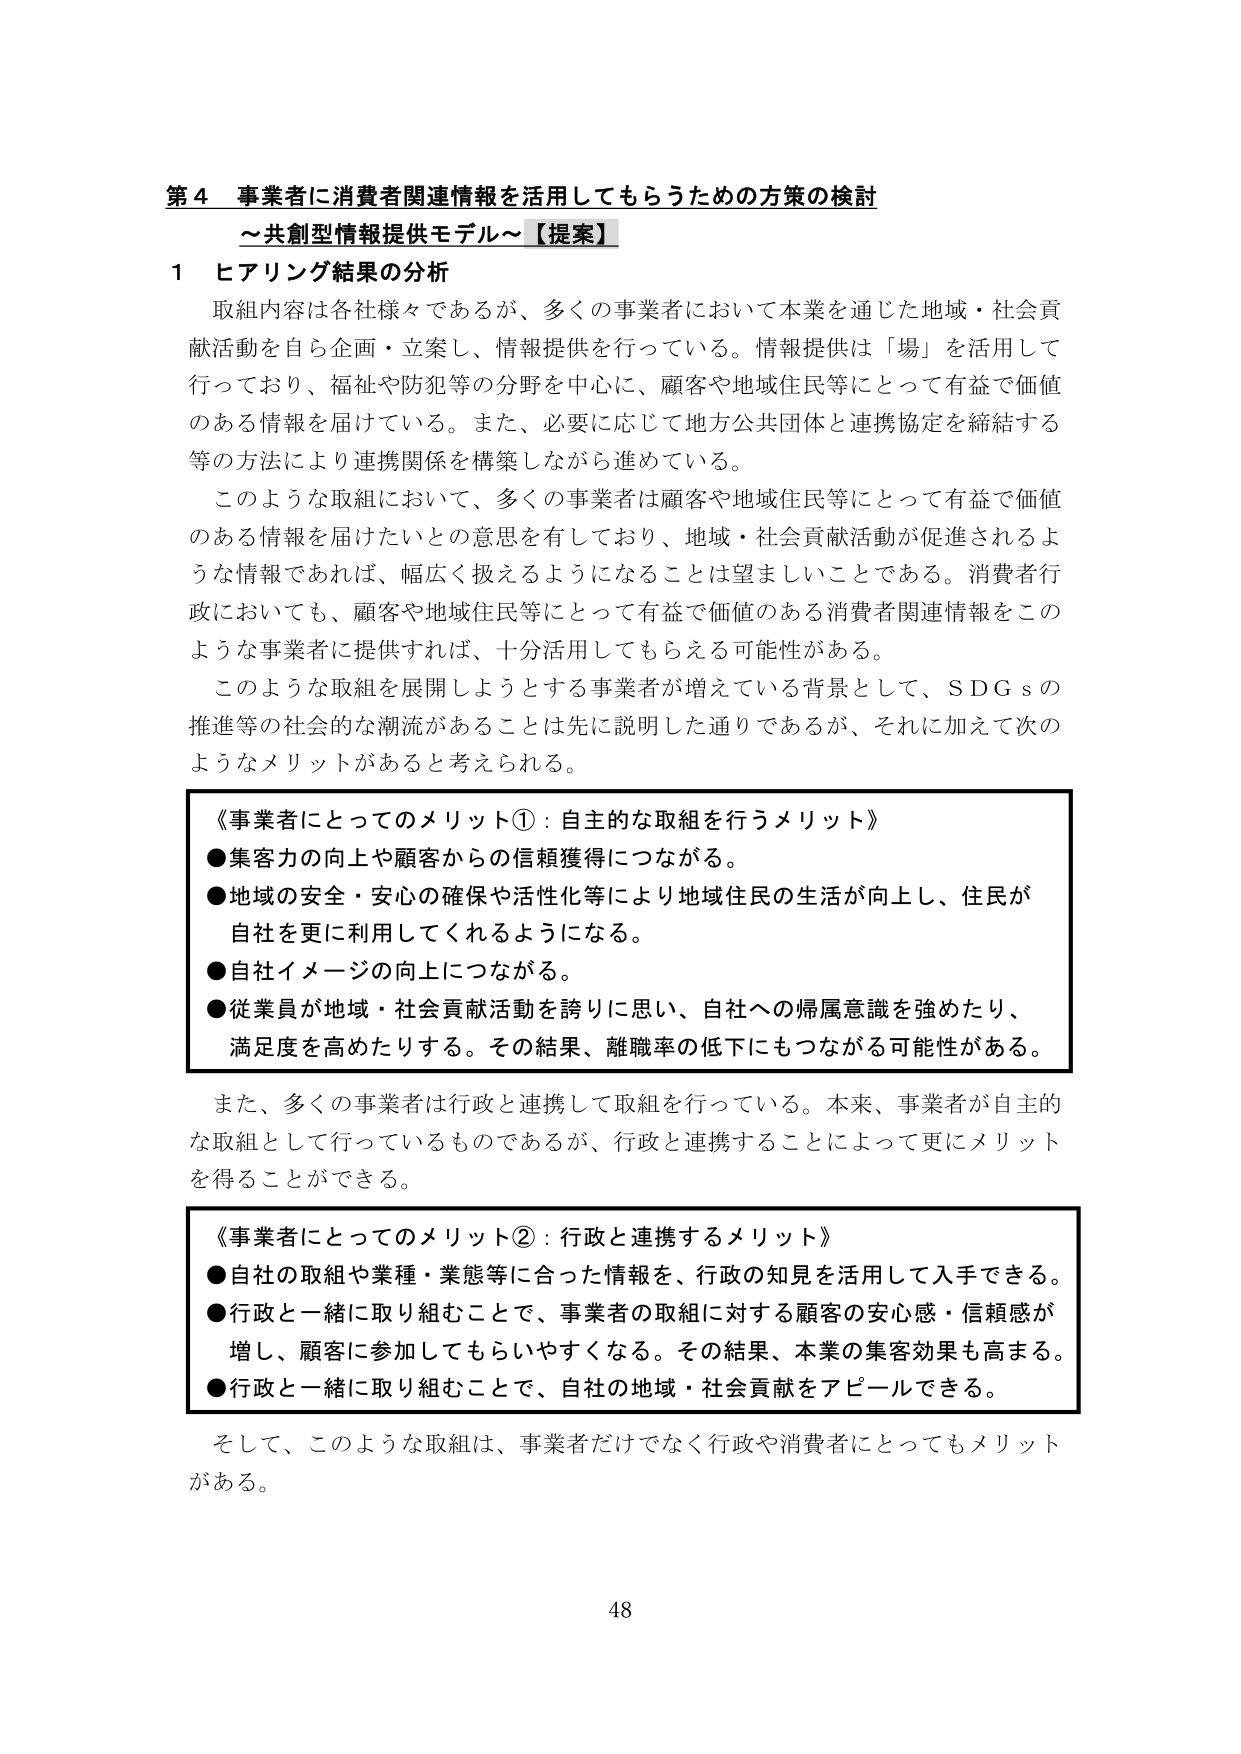
第４ 事業者に消費者関連情報を活用してもらうための方策の検討
～共創型情報提供モデル～【提案】

１ ヒアリング結果の分析

取組内容は各社様々であるが、多くの事業者において本業を通じた地域・社会貢献活動を自ら企画・立案し、情報提供を行っている。情報提供は「場」を活用して行っており、福祉や防犯等の分野を中心に、顧客や地域住民等にとって有益で価値のある情報を届けている。また、必要に応じて地方公共団体と連携協定を締結する等の方法により連携関係を構築しながら進めている。

このような取組において、多くの事業者は顧客や地域住民等にとって有益で価値のある情報を届けたいとの意思を有しており、地域・社会貢献活動が促進されるような情報であれば、幅広く扱えるようになることは望ましいことである。消費者行政においても、顧客や地域住民等にとって有益で価値のある消費者関連情報をこのような事業者に提供すれば、十分活用してもらえる可能性がある。

このような取組を展開しようとする事業者が増えている背景として、ＳＤＧｓの推進等の社会的な潮流があることは先に説明した通りであるが、それに加えて次のようなメリットがあると考えられる。

《事業者にとってのメリット①：自主的な取組を行うメリット》
●集客力の向上や顧客からの信頼獲得につながる。
●地域の安全・安心の確保や活性化等により地域住民の生活が向上し、住民が自社を更に利用してくれるようになる。
●自社イメージの向上につながる。
●従業員が地域・社会貢献活動を誇りに思い、自社への帰属意識を強めたり、満足度を高めたりする。その結果、離職率の低下にもつながる可能性がある。

また、多くの事業者は行政と連携して取組を行っている。本来、事業者が自主的な取組として行っているものであるが、行政と連携することによって更にメリットを得ることができる。

《事業者にとってのメリット②：行政と連携するメリット》
●自社の取組や業種・業態等に合った情報を、行政の知見を活用して入手できる。
●行政と一緒に取り組むことで、事業者の取組に対する顧客の安心感・信頼感が増し、顧客に参加してもらいやすくなる。その結果、本業の集客効果も高まる。
●行政と一緒に取り組むことで、自社の地域・社会貢献をアピールできる。

そして、このような取組は、事業者だけでなく行政や消費者にとってもメリットがある。

48